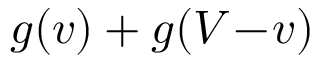
g ( v ) + g ( V \! - \! v )